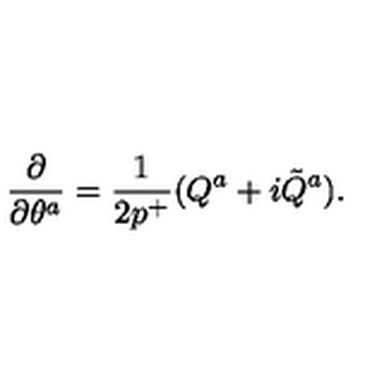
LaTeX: \frac { \partial } { \partial \theta ^ { a } } = { \frac { 1 } { 2 p ^ { + } } } ( Q ^ { a } + i \tilde { Q } ^ { a } ) .